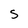
Character: s